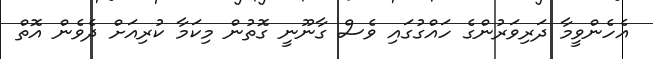
އެހެންވީމާ ދަރިވަރުންގެ ހައްގުގައި ވެސް ގާނޫނީ ގޮތުން މިކަމާ ކުރިއަށް ދެވެން އޮތް